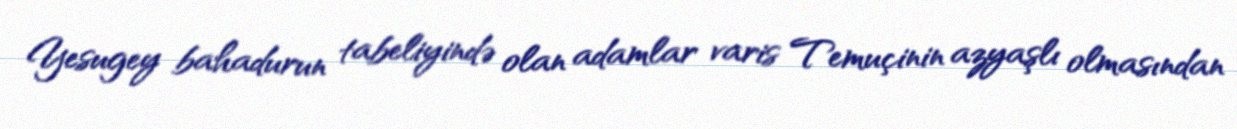
Yesugey bahadurun tabeliyində olan adamlar varis Temuçinin azyaşlı olmasından